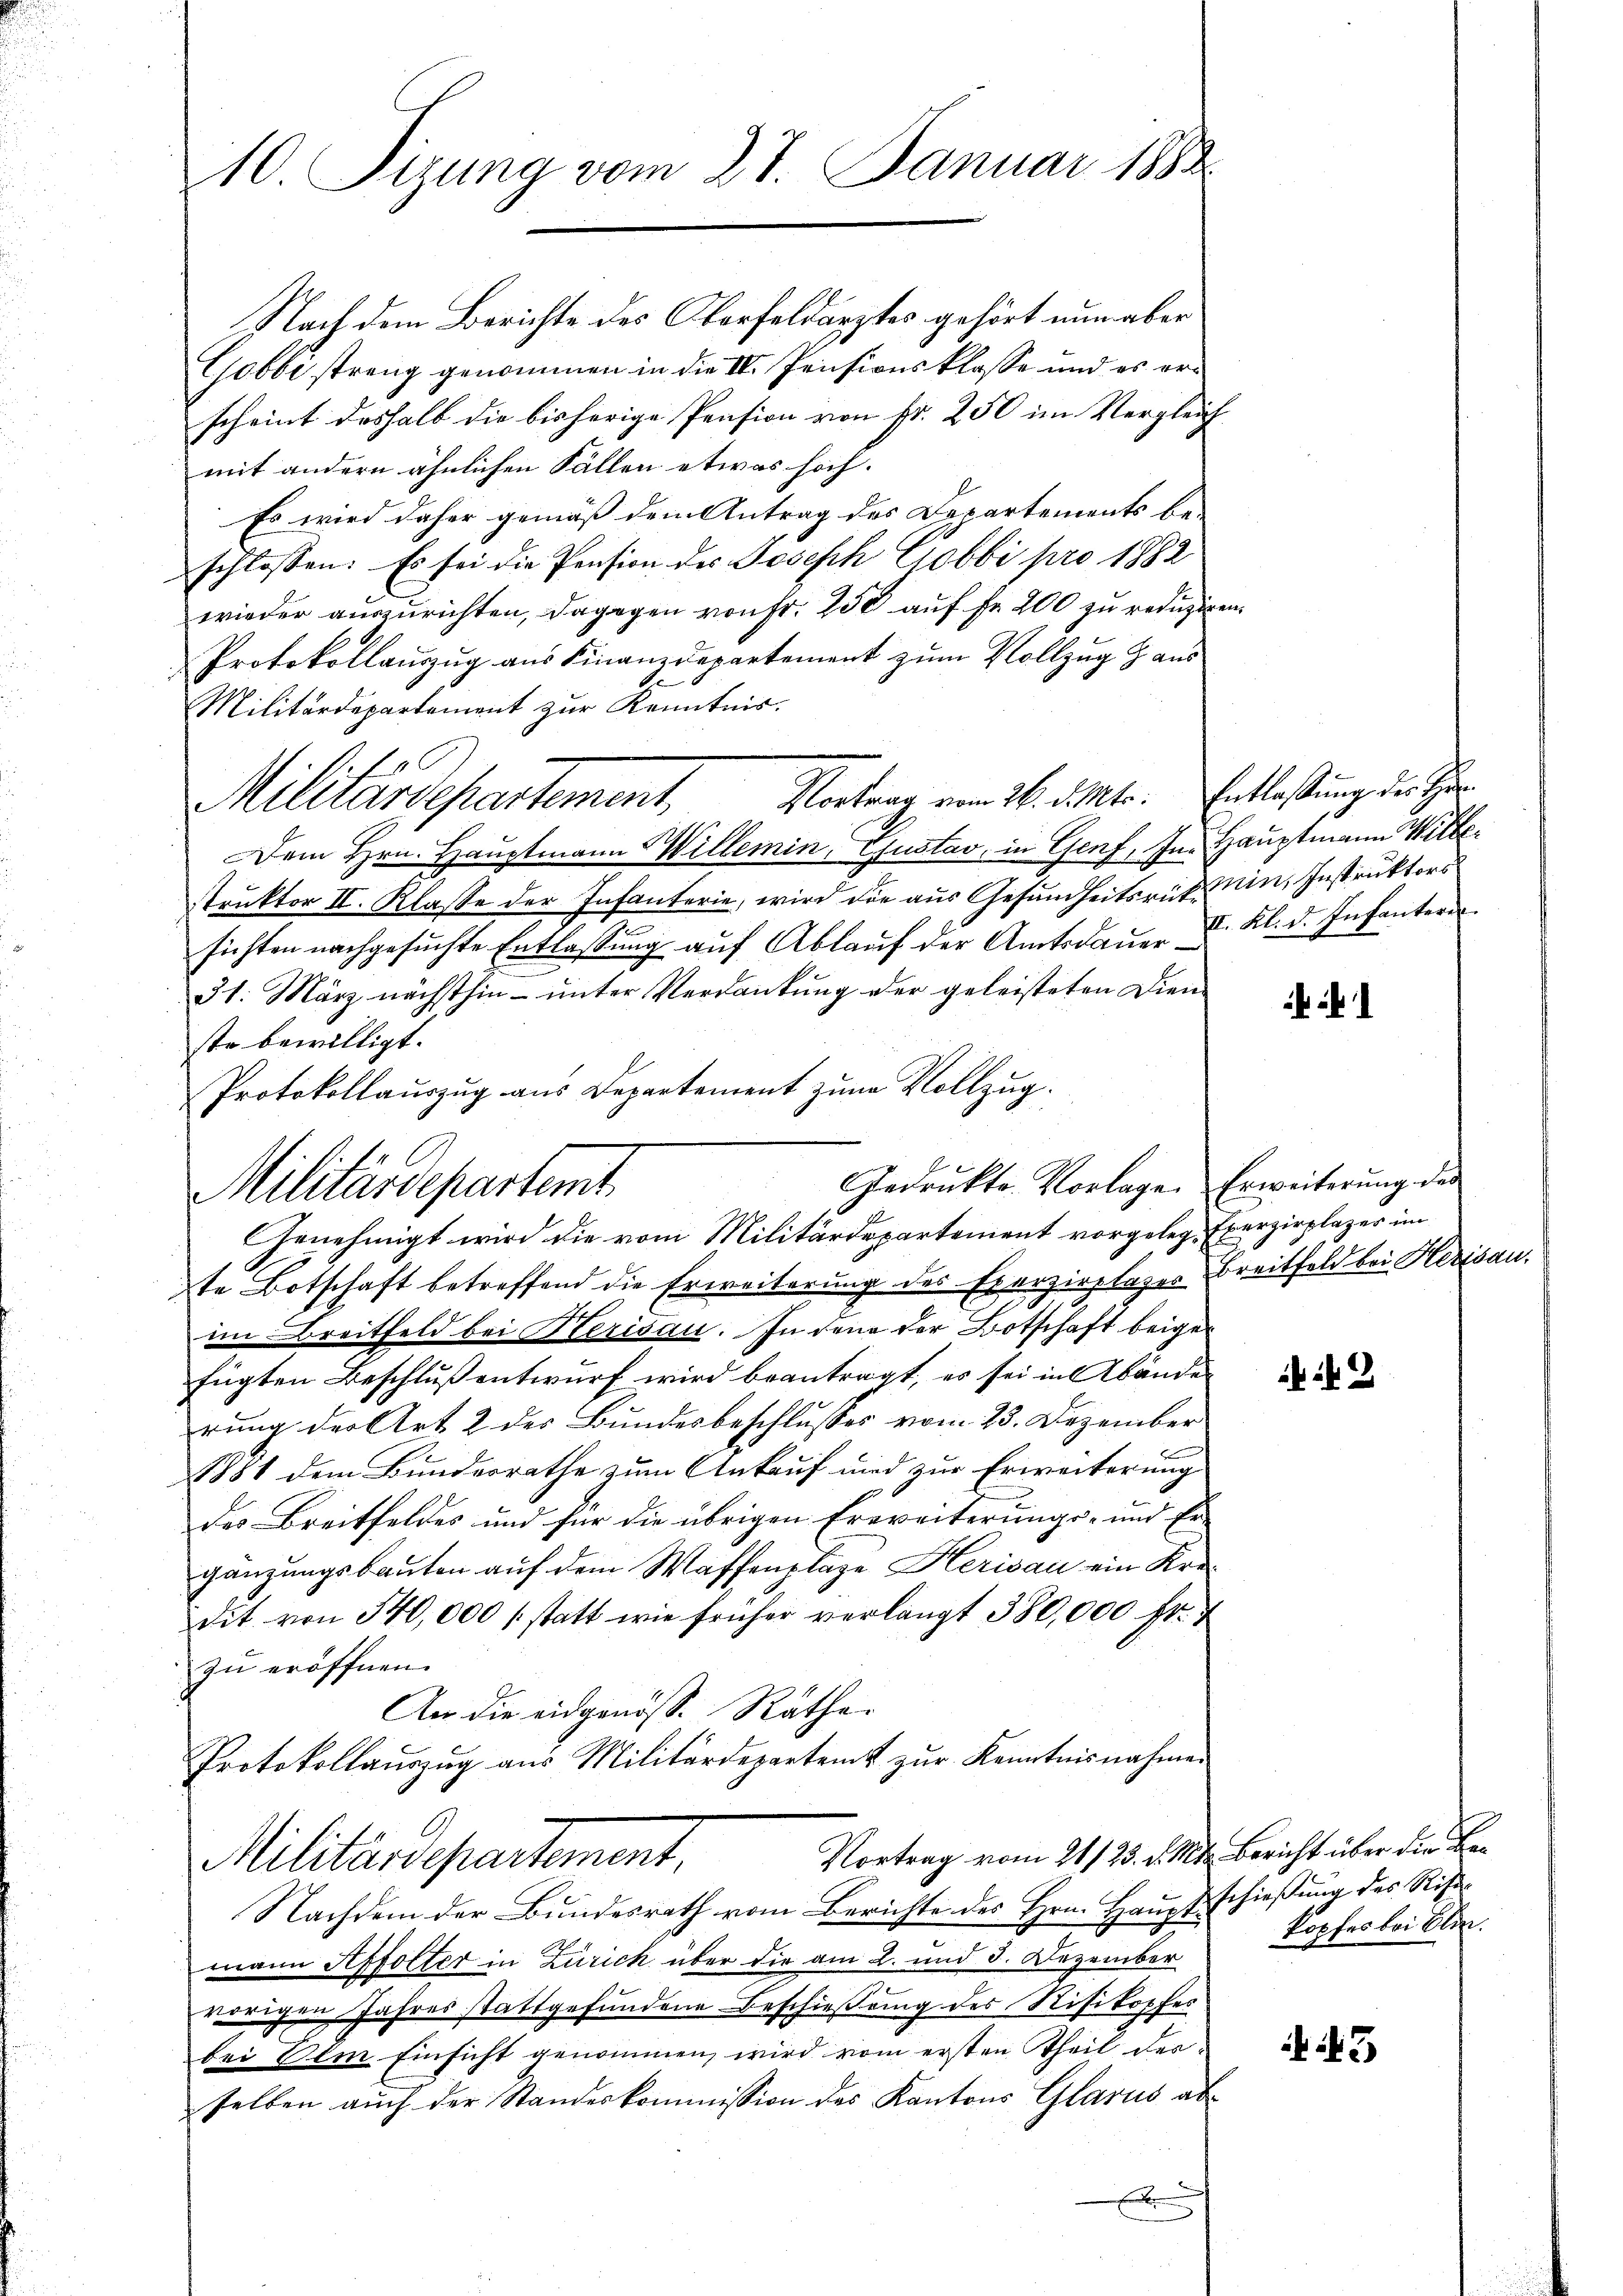
10. Tizung vom 27. Januar 1882

Nach dem Berichte des Oberfeldarztes gehört nun aber
Gobbe streng genommen in die IV. Pensionsklasse und es er
scheint deshalb die bisherige Pension von Fr. 250 im Vergleich
mit andern ähnlichen Fällen etwas hoch.
Es wird daher gemäß dem Antrag des Departements be-
schlossen: Es sei die Pension des Joseph Cobbi pro 1882
wieder auszurichten, dagegen von Fr. 250 auf Fr. 200 zu reduziren
Protokollauszug aus Finanzdepartement zum Vollzug aus
d
Militärdepartement zur Kenntnis.
Vortrag vom 26. d. Mts. Entlaßung der Her¬
Dem Hrn. Hauptmann Willemin, Gustav, in Genf, In Hauptmann Willestruktor II. Klasse der Infanterie, wird die aus Gesundheitsrück sein, Instruktors
sichten nachgesuchte Entlassŭng auf Ablaŭf der Amtsdaŭer V. Kl. d. Infantern
31. März nächsthin ŭnter Verdankŭng der geleisteten Dien-
ste bewilligt.
Protokollauszug aus Departement zum Vollzug.
te Botschaft betreffend die Erweiterung des Exerzirplazer Breitfeld bei Herisau,
im Breitfeld bei Klerisau. In den der Botschaft beigefügten Beschluß entwurf wird beantragt, es sei in Abänden
rung der Art. 2 des Bundesbeschlusses vom 23. Dezember
1881 dem Bundesrathe zum Ankauf wird zur Erweiterung
des Breitfeldes und für die übrigen Erweiterungs- und Er-
gänzungsbauten auf dem Waffenplaze Herisau ein Kredit von 540,000 statt wie früher verlangt 380,000 fr.
zu eröffnen.
An die eidgenöss. Räthe
Protokollaŭszŭg aŭs Militärdepartemt zŭr Kenntnisnahmen
Vortrag vom 21/23. d. M. Bericht über die Be¬
Militärdepartement.
Nachdem der Bundesrath vom Berichte des Hrn. Hauptschießung des Ristmann Affolter in Zürich über die am 2. und 3. Dezember
vorigen Jahres stattgefundene Beschießung des Risikopfes
bei dem Einsicht genommen, wird vom ersten Theil derselben aŭch der Standeskommission des Kantons Glarus ab-
E

1
Militardepartement,

Gedrukte Vorlage. Erweiterung der
Militärdepartemt.
Genehmigt wird die vom Militärdepartement vorgelege Exerzirplazer im

2

kopfes bei Blin.

43